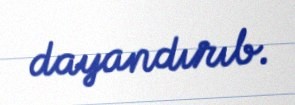
dayandırıb.